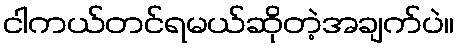
ငါကယ်တင်ရမယ်ဆိုတဲ့အချက်ပဲ။